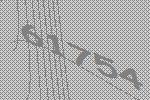
61754